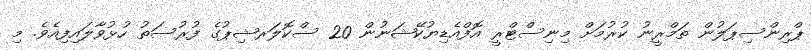
ޕްރިންސިޕަލުން ތަމްރީނު ކުރުމަށް މިނިސްޓްރީ އޮފްއެޑިޔުކޭޝަނުން 20 ސްކޮލަރޝިޕުގެ ފުރުސަތު ހުޅުވާލައިފިއެވެ. މި